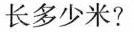
长多少米?